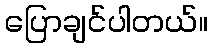
ပြောချင်ပါတယ်။